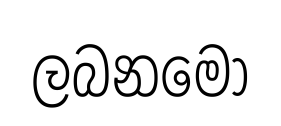
ලබනමෝ